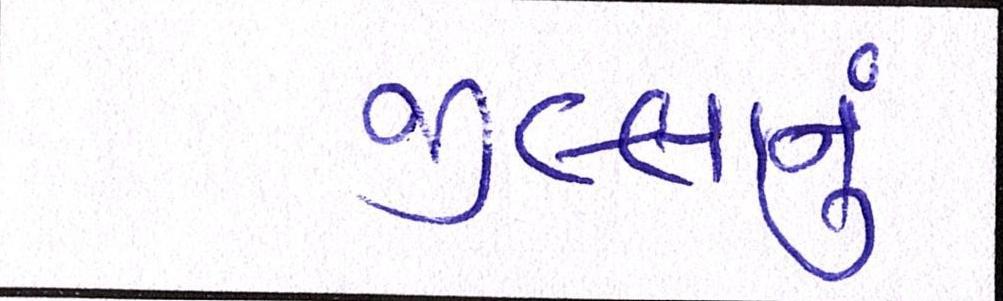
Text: જીલ્લાનું